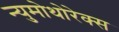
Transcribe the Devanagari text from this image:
न्युमोथोरेक्स